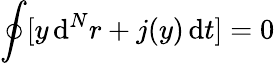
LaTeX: \oint[y\, \mathrm{d}^{N}r+j(y)\, \mathrm{d}t]=0